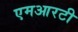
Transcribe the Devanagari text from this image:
एमआरटी